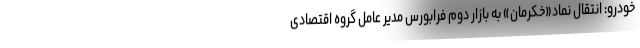
خودرو: انتقال نماد«خکرمان» به بازار دوم فرابورس مدیر عامل گروه اقتصادی